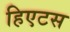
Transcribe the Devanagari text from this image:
हिएटस